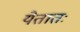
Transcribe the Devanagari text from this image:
येतातः